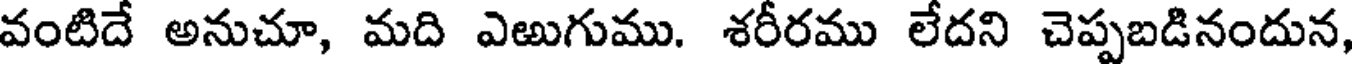
వంటిదే అనుచూ, మది ఎఱుగుము. శరీరము లేదని చెప్పబడినందున,